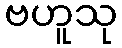
ဗဟူသု